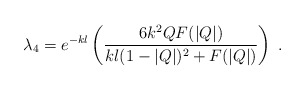
\begin{align*}\lambda_4 = e^{-kl} \left( \frac{6k^2 Q F(|Q|)}{kl(1-|Q|)^2 + F(|Q|)} \right) \; .\end{align*}